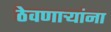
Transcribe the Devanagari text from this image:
ठेवणाऱ्यांना